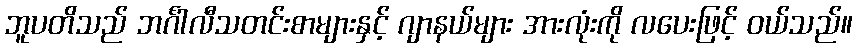
ဘူပတိသည် ဘင်္ဂါလီသတင်းစာများနှင့် ဂျာနယ်များ အားလုံးကို လပေးဖြင့် ဝယ်သည်။